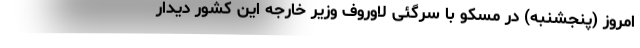
امروز (پنجشنبه) در مسکو با سرگئی لاوروف وزیر خارجه این کشور دیدار